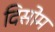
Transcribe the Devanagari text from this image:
दिसोम